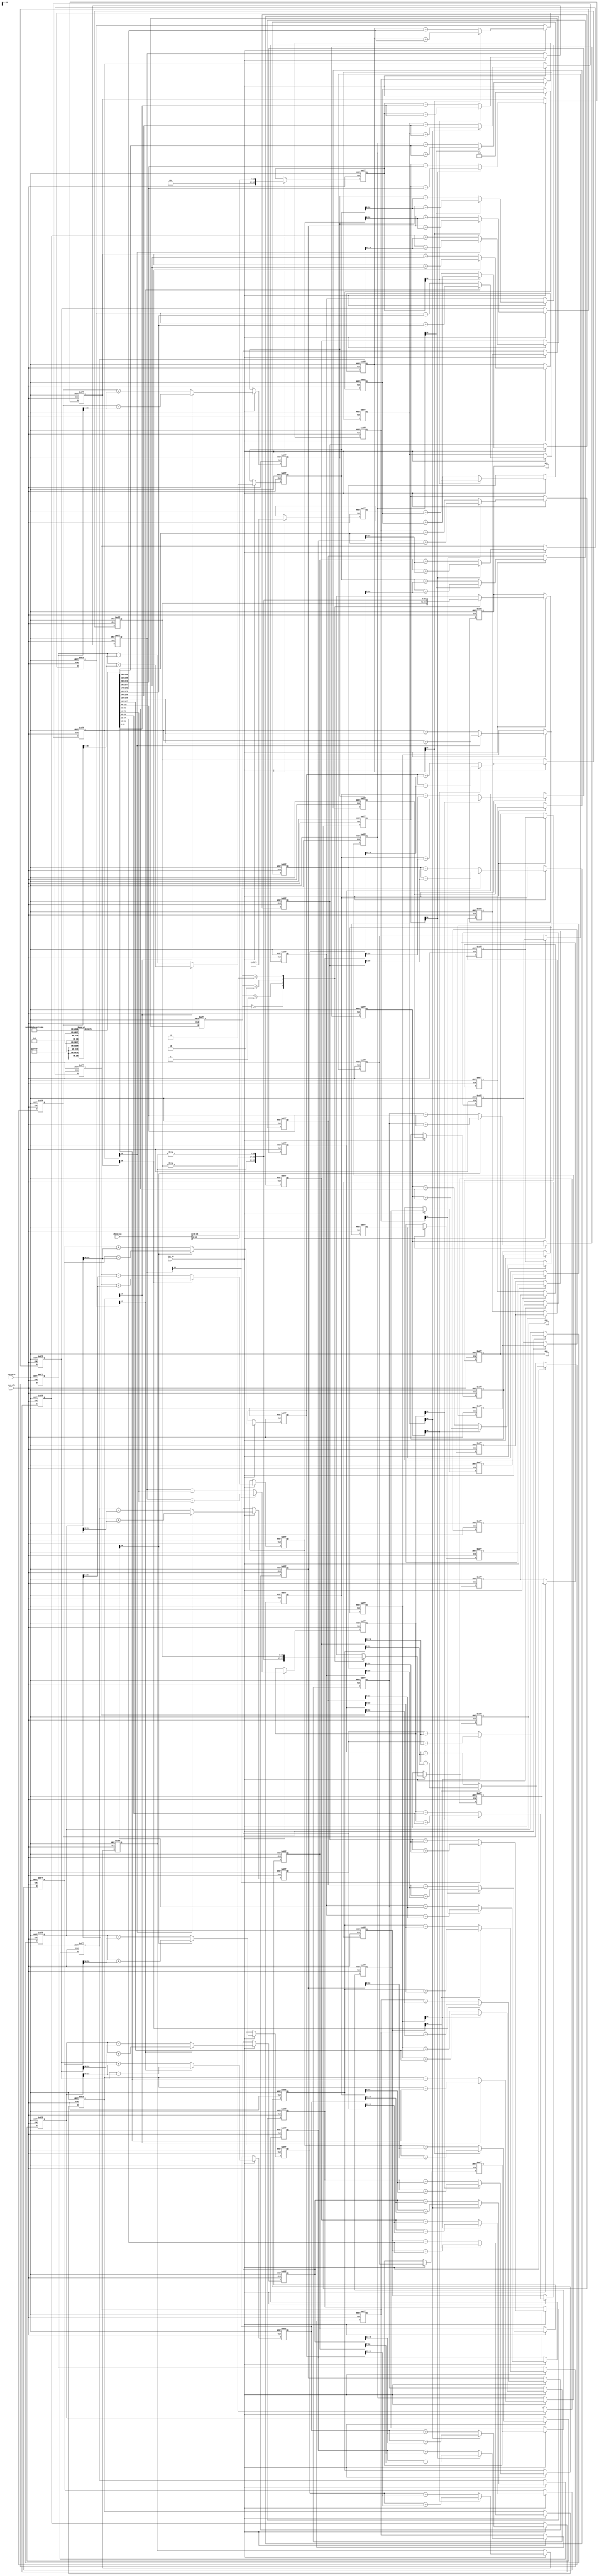
// ==================================================================
//	Date (YYYY,MM,DD):		2021/12/16
//	Aim:					SQRT / COS / SIN CORDIC
// ==================================================================


`timescale 1 ns/ 1 ps

module cordic#(
	parameter pipeline = 16
)(
	input				sys_clk,
	input				sys_nrst,
	input				sys_en,
	
	input	[15 : 0]	phase_in,
	output	[16 : 0]	eps,
	output	[16 : 0]	sin,
	output	[16 : 0]	cos
);
	
	// gian 0.607253*2^15
	//parameter const_k = 16'h4dba;
	// gian 0.607253*2^16
	localparam const_k = 16'h9b74;
	
	reg 			[15 : 0]	rot			[15 : 0];
	
	// 360	-- 2^16
	// 1	-- 2^16/360
	// phase_in = 16bits (input [15:0] phase_in)
	initial begin
		rot[0]		= 16'h2000;    //45
		rot[1]		= 16'h12e4;    //26.5651
		rot[2]		= 16'h09fb;    //14.0362
		rot[3]		= 16'h0511;    //7.1250
		rot[4]		= 16'h028b;    //3.5763
		rot[5]		= 16'h0145;    //1.7899
		rot[6]		= 16'h00a3;    //0.8952
		rot[7]		= 16'h0051;    //0.4476
		rot[8]		= 16'h0028;    //0.2238
		rot[9]		= 16'h0014;    //0.1119
		rot[10]		= 16'h000a;    //0.0560
		rot[11]		= 16'h0005;    //0.0280
		rot[12]		= 16'h0003;    //0.0140
		rot[13]		= 16'h0002;    //0.0070
		rot[14]		= 16'h0001;    //0.0035
		rot[15]		= 16'h0000;    //0.0018
	end
	
	reg signed		[16 : 0]	eps_r;
	reg signed		[16 : 0]	sin_r;
	reg signed		[16 : 0]	cos_r;
	
	//pipeline 16-level    //maybe overflow,matlab result not overflow
	//MSB is signed bit,transform the sin and cos according to phase_in[15:14]
	
	reg signed		[16 : 0]	x			[pipeline : 0];
	reg signed		[16 : 0]	y			[pipeline : 0];
	reg signed		[16 : 0]	z			[pipeline : 0];
	reg				[1 : 0]		quadrant	[pipeline : 0];
	
	//stage 0, not pipeline
	always@(posedge sys_clk or negedge sys_nrst)begin
		if(!sys_nrst)begin
			x[0] <= 17'b0;
			y[0] <= 17'b0;
			z[0] <= 17'b0;
		end else begin
			if(sys_en)begin
				//add one signed bit,0 means positive
				x[0] <= {1'b0, const_k};
				y[0] <= 17'b0;
				//control the phase_in to the range[0-Pi/2]
				z[0] <= {3'b0,phase_in[13:0]};
			end
		end
	end
	
	//stage 1
	always@(posedge sys_clk or negedge sys_nrst)begin
		if(!sys_nrst)begin
			x[1] <= 17'b0;
			y[1] <= 17'b0;
			z[1] <= 17'b0;
		end else begin
			if(sys_en)begin
				//the diff is negative so clockwise
				if(z[0][16])begin
					x[1] <= x[0] + y[0];
					y[1] <= x[0] - y[0];
					z[1] <= z[0] + rot[0];
				end else begin
					x[1] <= x[0] - y[0];//x1 <= x0;
					y[1] <= x[0] + y[0];//y1 <= x0;
					z[1] <= z[0] - rot[0];//reversal 45
				end
			end
		end
	end
	
	generate
		genvar j;
		for(j = 2; j <= pipeline; j = j + 1)begin : pipeline_comp_loop0
			always@(posedge sys_clk or negedge sys_nrst)begin
				if(!sys_nrst)begin
					x[j] <= 17'b0;
					y[j] <= 17'b0;
					z[j] <= 17'b0;
				end else begin
					if(sys_en)begin
						//the diff is negative so clockwise
						if(z[j-1][16])begin
							x[j] <= x[j-1] + (y[j-1]>>>(j-1));
							y[j] <= y[j-1] - (x[j-1]>>>(j-1));
							z[j] <= z[j-1] + rot[j-1];//clockwise 26
						end else begin
							x[j] <= x[j-1] - (y[j-1]>>>(j-1));
							y[j] <= y[j-1] + (x[j-1]>>>(j-1));
							z[j] <= z[j-1] - rot[j-1];//anti-clockwise 26
						end
					end
				end
			end
		end
	endgenerate
	
	
	//according to the pipeline,register phase_in[15:14]
	always@(posedge sys_clk or negedge sys_nrst)begin
		if(!sys_nrst)begin
			quadrant[0] <= 'b0;
		end else begin
			if(sys_en)begin
				quadrant[0] <= phase_in[15:14];
			end
		end
	end
	
	generate
		genvar i;
		for(i = 1; i <= pipeline; i = i + 1)begin : pipeline_loop0
			always@(posedge sys_clk or negedge sys_nrst)begin
				if(!sys_nrst)begin
					quadrant[i] <= 'b0;
				end else begin
					if(sys_en)begin
						quadrant[i] <= quadrant[i-1];
					end
				end
			end
		end
	endgenerate
	
	assign sin = sin_r;
	assign cos = cos_r;
	assign eps = eps_r;
	
	//alter register, according to quadrant[16] to transform the result to the right result
	always@(posedge sys_clk or negedge sys_nrst)begin
		if(!sys_nrst)begin
			eps_r <= 'd0;
		end else begin
			if(sys_en)begin
				eps_r <= z[16];
			end
		end
	end
	
	always@(posedge sys_clk or negedge sys_nrst)begin
		if(!sys_nrst)begin
			cos_r <= 'd0;
			sin_r <= 'd0;
		end else begin
			if(sys_en)begin
				//or 15
				case(quadrant[16])
					//if the phase is in first quadrant,the sin_r(X)=sin(A),cos(X)=cos(A)
					2'b00:begin
						cos_r <= $signed(x[16]);
						sin_r <= $signed(y[16]);
					end
					//if the phase is in second quadrant,the sin(X)=sin(A+90)=cosA,cos(X)=cos(A+90)=-sinA
					2'b01:begin
						cos_r <= -$signed(y[16]);//-sin
						sin_r <= $signed(x[16]);//cos
					end
					//if the phase is in third quadrant,the sin(X)=sin(A+180)=-sinA,cos(X)=cos(A+180)=-cosA
					2'b10:begin
						cos_r <= -$signed(x[16]);//-cos
						sin_r <= -$signed(y[16]);//-sin
					end
					//if the phase is in forth quadrant,the sin(X)=sin(A+270)=-cosA,cos(X)=cos(A+270)=sinA
					2'b11:begin
						cos_r <= $signed(y[16]);//sin
						sin_r <= -$signed(x[16]);//-cos
					end
				endcase
			end
		end
	end
	
endmodule